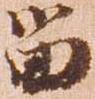
る